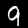
Digit: 9